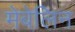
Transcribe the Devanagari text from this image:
मेबेलिन